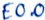
Text: E0.0